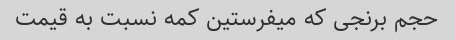
حجم برنجی که میفرستین کمه نسبت به قیمت